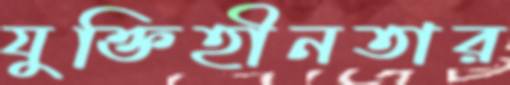
যুক্তিহীনতার